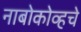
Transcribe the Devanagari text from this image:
नाबोकोव्हचे